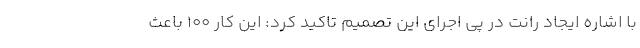
با اشاره ایجاد رانت در پی اجرای این تصمیم تاکید کرد: این کار ۱۰۰ باعث